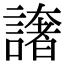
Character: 譇